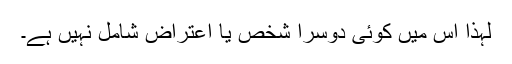
لہذا اس میں کوئی دوسرا شخص یا اعتراض شامل نہیں ہے۔